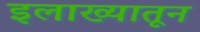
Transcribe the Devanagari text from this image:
इलाख्यातून